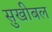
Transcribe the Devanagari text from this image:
सुखीबल